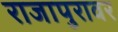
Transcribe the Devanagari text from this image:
राजापुरावर